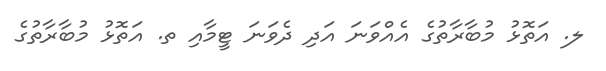
ލ. އަތޮޅު މުބާރާތުގެ އެއްވަނަ އަދި ދެވަނަ ޓީމާއި ތ. އަތޮޅު މުބާރާތުގެ